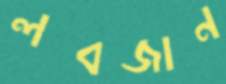
লবজান